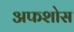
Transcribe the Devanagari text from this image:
अफशोस